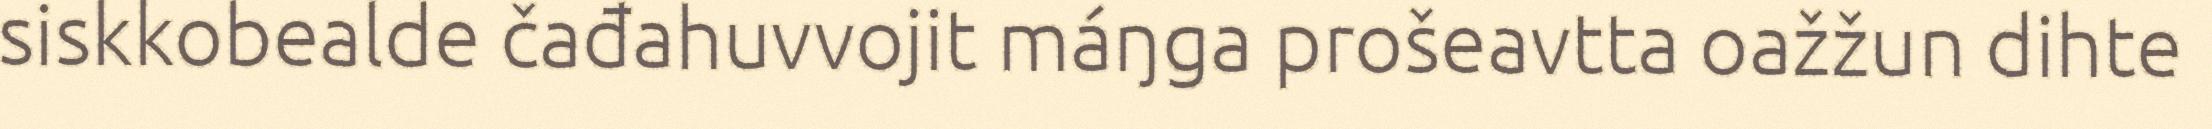
siskkobealde čađahuvvojit máŋga prošeavtta oažžun dihte